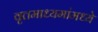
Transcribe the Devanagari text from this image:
वृत्तमाध्यमांमध्ये